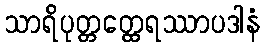
သာရိပုတ္တတ္ထေရဿာပဒါနံ